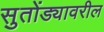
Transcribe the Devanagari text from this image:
सुतोंड्यावरील